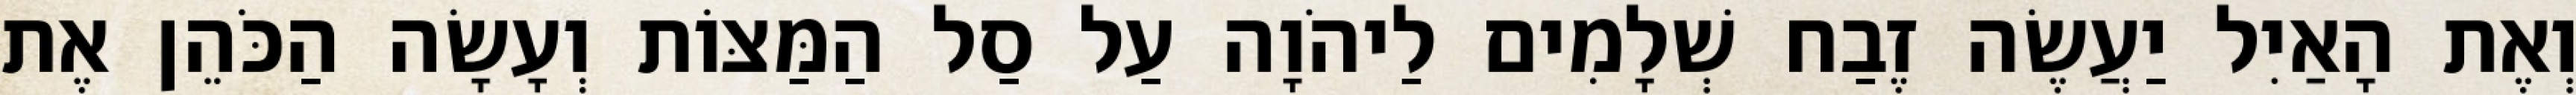
וְאֶת הָאַיִל יַעֲשֶׂה זֶבַח שְׁלָמִים לַיהֹוָה עַל סַל הַמַּצּוֹת וְעָשָׂה הַכֹּהֵן אֶת